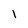
Character: l